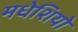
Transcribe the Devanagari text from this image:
मधेशियो